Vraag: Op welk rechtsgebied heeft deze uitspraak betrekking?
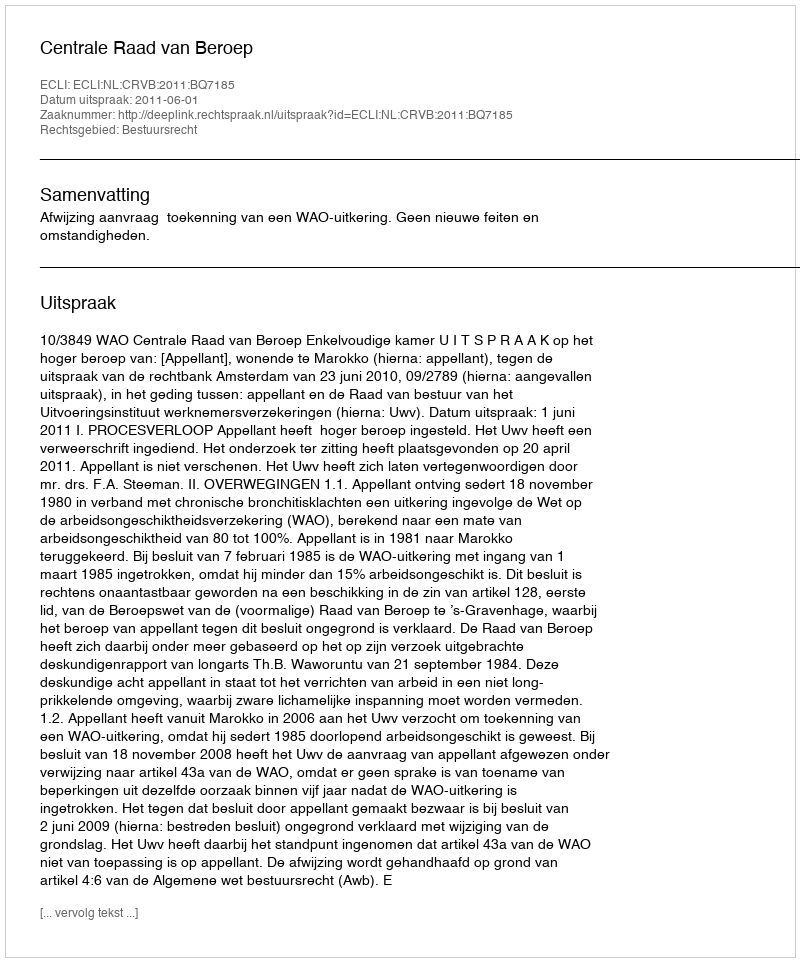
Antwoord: Bestuursrecht